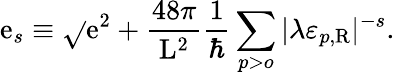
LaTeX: \mathrm{e}_{s}\equiv\sqrt{}{{\mathrm{e}^{2}+\frac{{48\pi}}{{\mathrm{{L}}^{2}}}\frac{{1}}{{\hbar}}\sum_{p>o}|\lambda\varepsilon_{p,\mathrm{{R}}}|^{-s}}}.